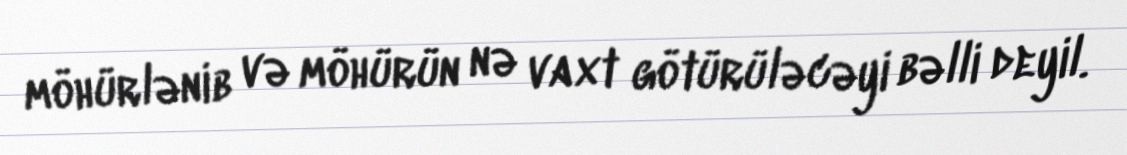
möhürlənib və möhürün nə vaxt götürüləcəyi bəlli deyil.